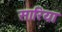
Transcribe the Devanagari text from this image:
सारिया